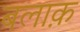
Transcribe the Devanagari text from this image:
बलाक़